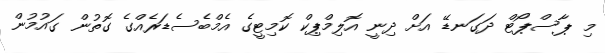
މި ޕާސްޕޯޓް ދަގަނޑޭ އަށް ދިނީ އޮލިމްޕިކް ކޮމިޓީގެ އެމްބެސެޑަރެއްގެ ގޮތުން ގައުމުން